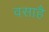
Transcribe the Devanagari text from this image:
वसाहै